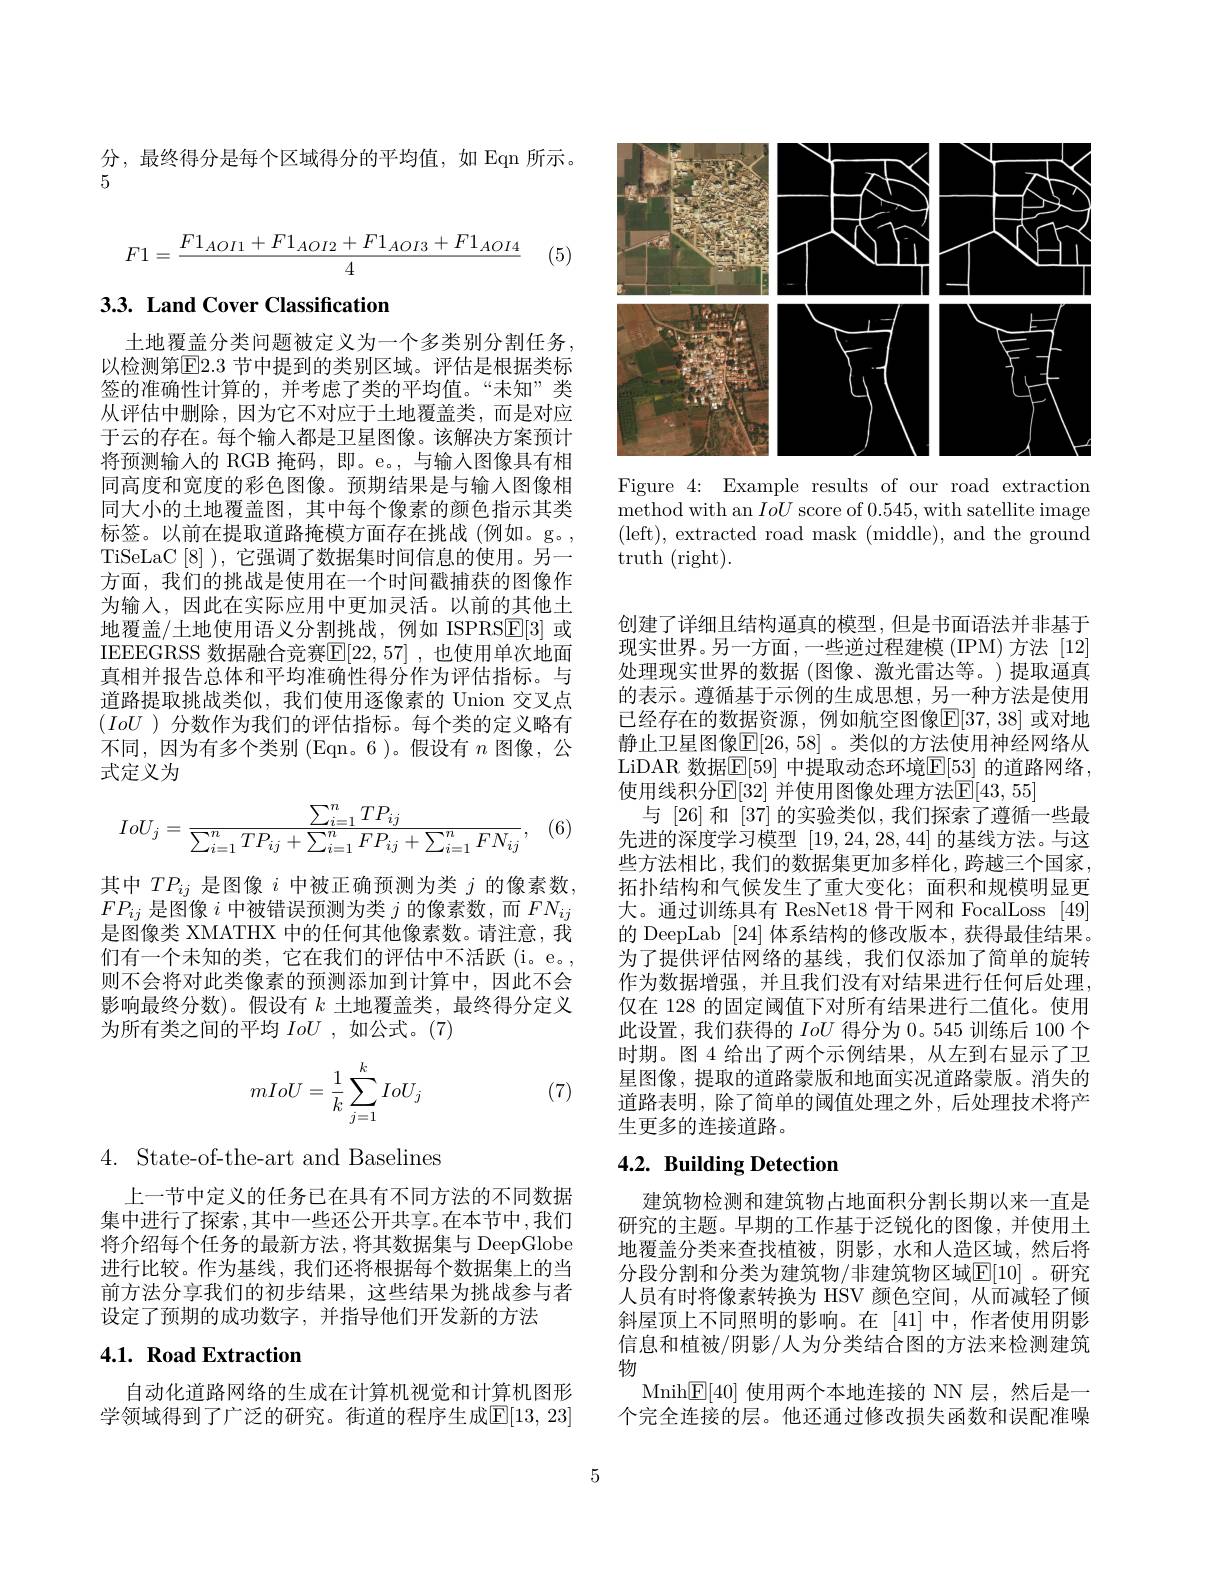
分，最终得分是每个区域得分的平均值，如 Eqn 所示。
5
$$F1=\frac{F1_{AOI1}+F1_{AOI2}+F1_{AOI3}+F1_{AOI4}}{4}$$
(5)

# 3.3. Land Cover Classification

土地覆盖分类问题被定义为一个多类别分割任务， 以检测第$\boxed{\mathrm{F}}2.3$ 节中提到的类别区域。评估是根据类标签的准确性计算的，并考虑了类的平均值。“未知”类从评估中删除，因为它不对应于土地覆盖类，而是对应于云的存在。每个输人都是卫星图像。该解决方案预计将预测输入的 RGB 掩码，即。e。, 与输入图像具有相同高度和宽度的彩色图像。预期结果是与输入图像相同大小的土地覆盖图，其中每个像素的颜色指示其类标签。以前在提取道路掩模方面存在挑战(例如。g。, TiSeLaC[8] ), 它强调了数据集时间信息的使用。另一方面，我们的挑战是使用在一个时间戳捕获的图像作为输入，因此在实际应用中更加灵活。以前的其他土地覆盖/土地使用语义分割挑战，例如 ISPRS$\underline{\mathrm{E}}[3]$或IEEEGRSS 数据融合竞赛$\mathbb{E}[22,57]$ ,也使用单次地面真相并报告总体和平均准确性得分作为评估指标。与道路提取挑战类似，我们使用逐像素的 Union 交叉点$(IoU$ )分数作为我们的评估指标。每个类的定义略有不同，因为有多个类别 (Eqn。6)。假设有$n$图像，公式定义为
$$IoU_j=\frac{\sum_{i=1}^nTP_{ij}}{\sum_{i=1}^nTP_{ij}+\sum_{i=1}^nFP_{ij}+\sum_{i=1}^nFN_{ij}},$$
(6,

其中$TP_{ij}$是图像$i$中被正确预测为类$j$的像素数， $FP_{ij}$是图像$i$中被错误预测为类$j$的像素数，而$FN_ij$ 是图像类 XMATHX 中的任何其他像素数。请注意，我们有一个未知的类，它在我们的评估中不活跃(i。e。, 则不会将对此类像素的预测添加到计算中，因此不会影响最终分数)。假设有$k$土地覆盖类，最终得分定义为所有类之间的平均IoU ,如公式。(7)

(7)
$$mIoU=\dfrac{1}{k}\sum_{j=1}^kIoU_j$$
$4.{\mathrm{~State-of-the-art~and~Baselines}}$

上一节中定义的任务已在具有不同方法的不同数据集中进行了探索 ,其中一些还公开共享。在本节中，我们将介绍每个任务的最新方法，将其数据集与 DeepGlobe 进行比较。作为基线，我们还将根据每个数据集上的当前方法分享我们的初步结果，这些结果为挑战参与者设定了预期的成功数字，并指导他们开发新的方法

## 4.1. Road Extraction

自动化道路网络的生成在计算机视觉和计算机图形学领域得到了广泛的研究。街道的程序生成$\mathbb{E}|13,23|$

<FigureHere>

Figure 4: Example results of our road extraction ${\mathrm{method~with~an~}IoU~score~of~0.545,~with~satellite~image}$ (left),extracted road mask (middle), and the ground truth (right).

创建了详细且结构逼真的模型，但是书面语法并非基于现实世界。另一方面，一些逆过程建模 (IPM) 方法 [12] 处理现实世界的数据 (图像、激光雷达等。)提取逼真的表示。遵循基于示例的生成思想，另一种方法是使用已经存在的数据资源，例如航空图像$\mathbb{E}[37,38]$ 或对地静止卫星图像$\mathbb{E}[26,58]$。类似的方法使用神经网络从LiDAR 数据$\overline{\mathbb{E}}[59]$ 中提取动态环境$\mathbb{E}[53]$ 的道路网络， 使用线积分$\operatorname{E}[32]$ 并使用图像处理方法$\operatorname{E}[43,55]$
与 [26] 和 [37] 的实验类似，我们探索了遵循一些最先进的深度学习模型[19,24,28,44]的基线方法。与这些方法相比，我们的数据集更加多样化，跨越三个国家， 拓扑结构和气候发生了重大变化；面积和规模明显更大。通过训练具有 ResNet18 骨干网和 FocalLoss [49] 的 DeepLab [24]体系结构的修改版本，获得最佳结果。为了提供评估网络的基线，我们仅添加了简单的旋转作为数据增强，并且我们没有对结果进行任何后处理， 仅在 128 的固定阈值下对所有结果进行二值化。使用此设置，我们获得的IoU得分为0。545 训练后 100 个时期。图 4 给出了两个示例结果，从左到右显示了卫星图像，提取的道路蒙版和地面实况道路蒙版。消失的道路表明，除了简单的阈值处理之外，后处理技术将产生更多的连接道路。

## 4.2. Building Detection

建筑物检测和建筑物占地面积分割长期以来一直是研究的主题。早期的工作基于泛锐化的图像，并使用土地覆盖分类来查找植被，阴影，水和人造区域，然后将分段分割和分类为建筑物/非建筑物区域$\mathbb{E}[10]$ 。研究人员有时将像素转换为 HSV 颜色空间，从而减轻了倾斜屋顶上不同照明的影响。在 [41]中，作者使用阴影信息和植被/阴影/人为分类结合图的方法来检测建筑物
Mnih$\underline{\mathrm{E}}[40]$使用两个本地连接的 NN 层，然后是一个完全连接的层。他还通过修改损失函数和误配准噪

5